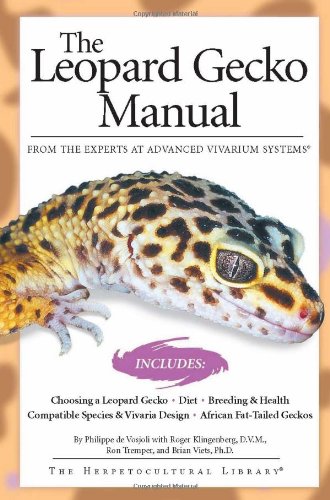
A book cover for The Leopard Gecko Manual: From The Experts At Advanced Vivarium Systems; Philippe De Vosjoli; Crafts, Hobbies & Home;